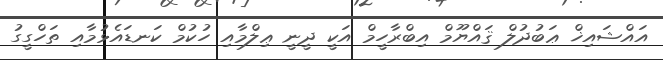
އައްޝައިޚް ޢަބުދުލް ޤައްޔޫމް އިބްރާހީމް އަކީ ދީނީ ޢިލްމާއި ހުކުމް ކަނޑައެޅުމާއި ތަހްގީގު